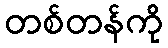
တစ်တန်ကို